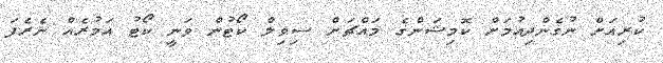
ކުރިއަށް ނުގެންދިއުމަށް ކޮމިޝަންގެ މައްޗަށް ސިވިލް ކޯޓުން ވަނީ ކޯޓު އަމުރެއް ނެރެފަ